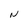
Character: N